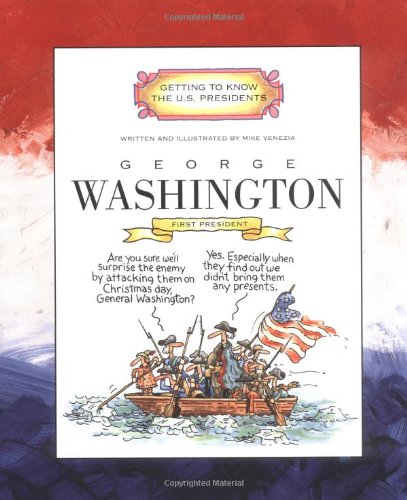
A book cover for George Washington: First President 1789-1797 (Getting to Know the Us Presidents); Mike Venezia; Children's Books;